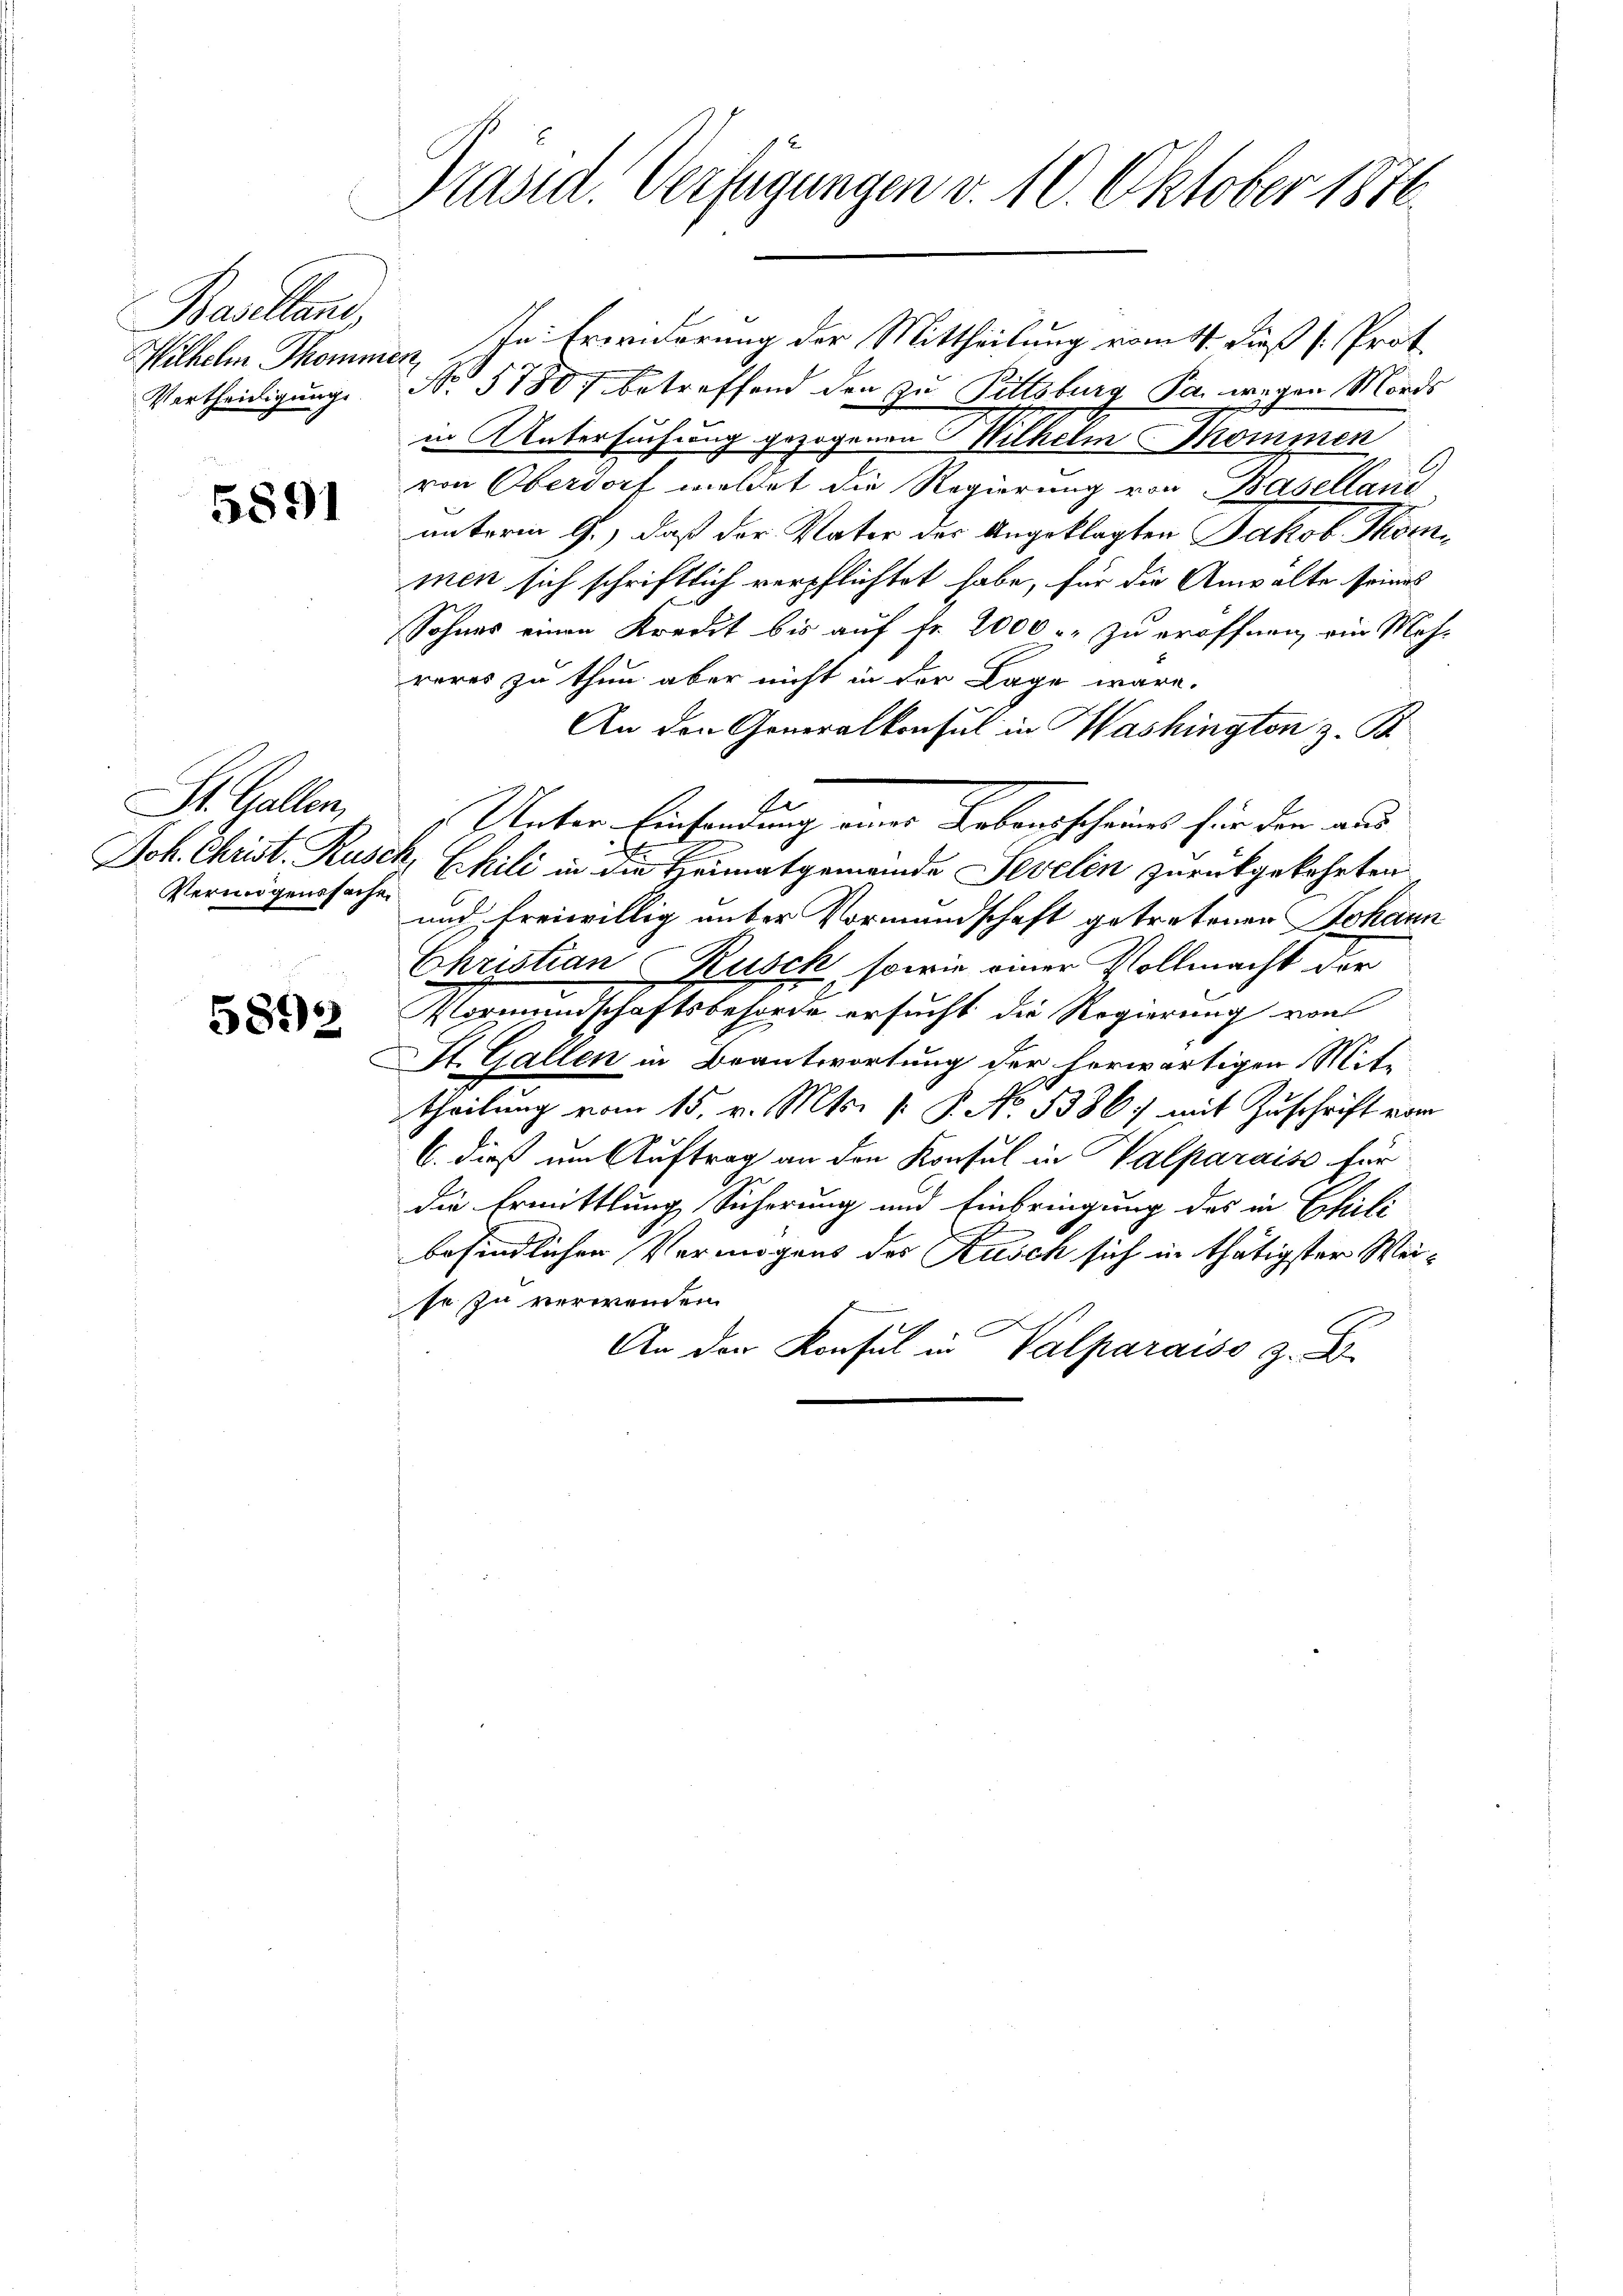
Baselland,
Wilhelm Thomm.
Vertheidigung

5891

St. Gallen,
Joh. Christ. Rusch
Vermögenssache

5892

Präsid. Verfügungen v. 10. Oktober 1876.

in In Erwiderung der Mittheilung vom 4. dieß (: Prot.
No 5788 betreffend den zu Pittsburg Par wegen Mordes
in Untersuchung gezogenen Wilhelm Thommen
von Oberdorf meldet die Regierung von Baselland
unterm 9.) daß der Vater der Angeklagten Jakob Tkömmen sich schriftlich verpflichtet habe, für die Anwalte seines
Sohnes einen Kredit bis auf Fr. 2000 r. zu eröffnen, ein Mah-
reres zu thun aber nicht in der Lage wäre.
An den Generalkonsul in Washington z. B.
E
Unter Einsendung eines Lebensscheines für den aus
Eckili in die Heimatgemeinde Sevelin zurückgekehrten
und freiwillig unter Vormundschaft getretenen Johann
Christian Rusch, sowie einer Vollmacht der
Vormundschaftsbehörde ersucht die Regierung von
St. Gallen in Beantwortung der herwärtigen Mitetheilung vom 15. v. Mts. [ P. No 1386) mit Zuschrift vom
6. dieß um Auftrag an den Konsul in Valparais für
die Ermittlung Sicherung und Einbringung des in Chili
befindlichen Vermögens des Rusch sich in thätigster Weise zu verwenden.
An der Konsul in Valparaiso z. B.